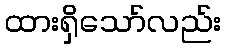
ထားရှိသော်လည်း